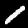
Label: 1